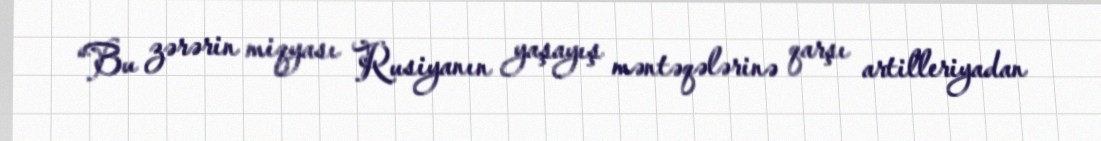
“Bu zərərin miqyası Rusiyanın yaşayış məntəqələrinə qarşı artilleriyadan